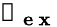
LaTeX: \boldsymbol{\mathscr{P}_{\mathrm{{~e~x~}}}}